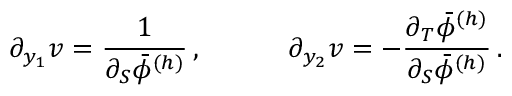
\partial _ { y _ { 1 } } v = \frac { 1 } { \partial _ { S } \bar { \phi } ^ { ( h ) } } \, , \qquad \quad \partial _ { y _ { 2 } } v = - \frac { \partial _ { T } \bar { \phi } ^ { ( h ) } } { \partial _ { S } \bar { \phi } ^ { ( h ) } } \, .